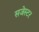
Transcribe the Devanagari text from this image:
सजेस्टर